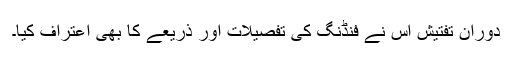
دوران تفتیش اس نے فنڈنگ کی تفصیلات اور ذریعے کا بھی اعتراف کیا۔